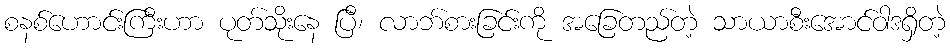
စနစ်ဟောင်းကြီးဟာ ပုတ်သိုးနေ ပြီ၊ လာဘ်စားခြင်းကို အခြေတည်တဲ့ သာယာစီးအောင်ဝါဒရှိတဲ့